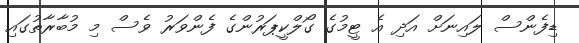
ޑިފެންސް ލައިނަށް އަދި އެ ޓީމުގެ ގޯލްކީޕަރުންގެ ފެންވަރު ވެސް މި މުބާރާތުގައި